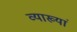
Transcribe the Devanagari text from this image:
व्याख्यां